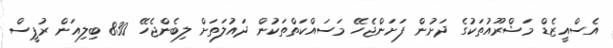
އެސްއީޒެޑް މަޝްރޫއުތަކުގެ ދަށުން ފަށަންޖެހޭ މަސައްކަތްތަކުން ދައުލަތަށް ލިބެންޖެހޭ 830 ބިލިއަން ރުޕީސް